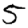
Digit: 5